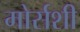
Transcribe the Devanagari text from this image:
मोर्सशी